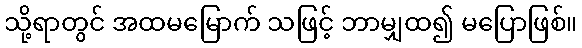
သို့ရာတွင် အထမမြောက် သဖြင့် ဘာမျှထ၍ မပြောဖြစ်။